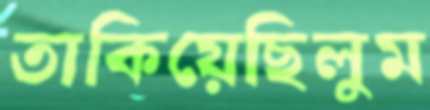
তাকিয়েছিলুম